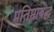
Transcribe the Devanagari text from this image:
प्रतिष्ठाबद्ध